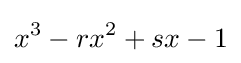
x^{3}-rx^{2}+sx-1